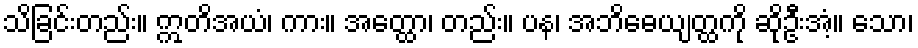
သိခြင်းတည်း။ ဣတိအယံ၊ ကား။ အတ္ထော၊ တည်း။ ပန၊ အဘိဓေယျတ္ထကို ဆိုဦးအံ့။ သော၊